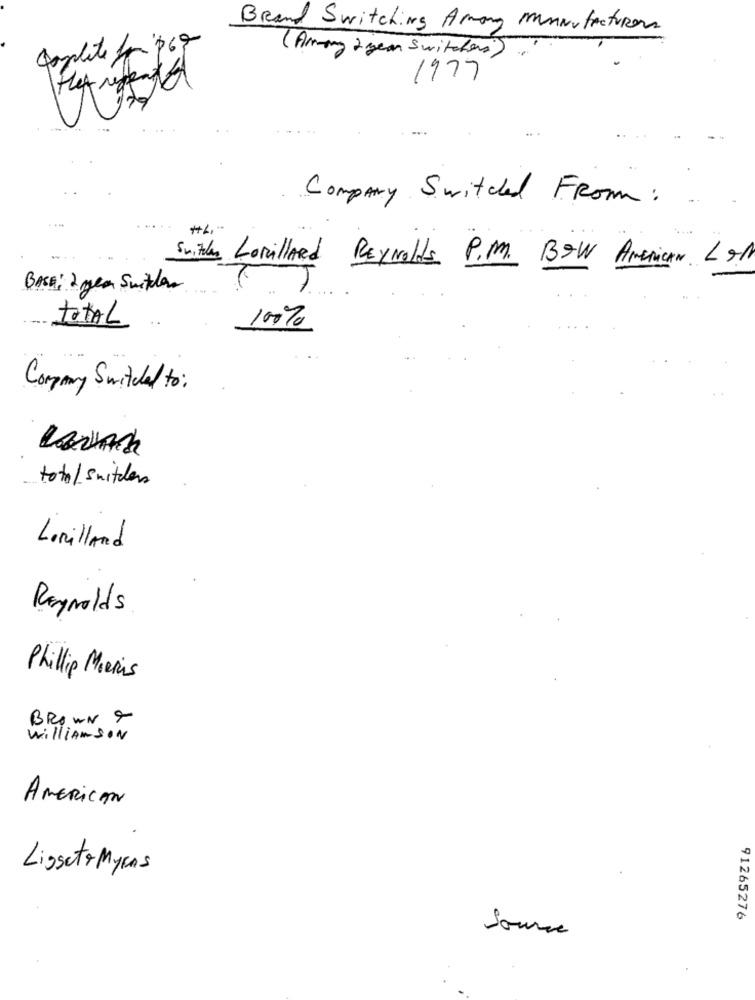
Brand Switching Among Manufacturers
complete for $69
( Among 2 year Switchers)
1977
Company Switched From:
#4 . "
Snitter Lorillard Reynolds P.M. BOW American LON
BASE: 2 men Switchers
total
100%
Company Switched to :
total suitders
Lorillard
Reynolds
Philip Morris
BROWN 9
WilliamSON
AMERICAN
Liggeto Myens
91265276
Source